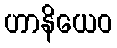
ဟာနိယေဝ